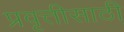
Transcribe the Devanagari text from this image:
प्रवृत्तीसाठी